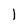
Character: l